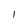
Character: I